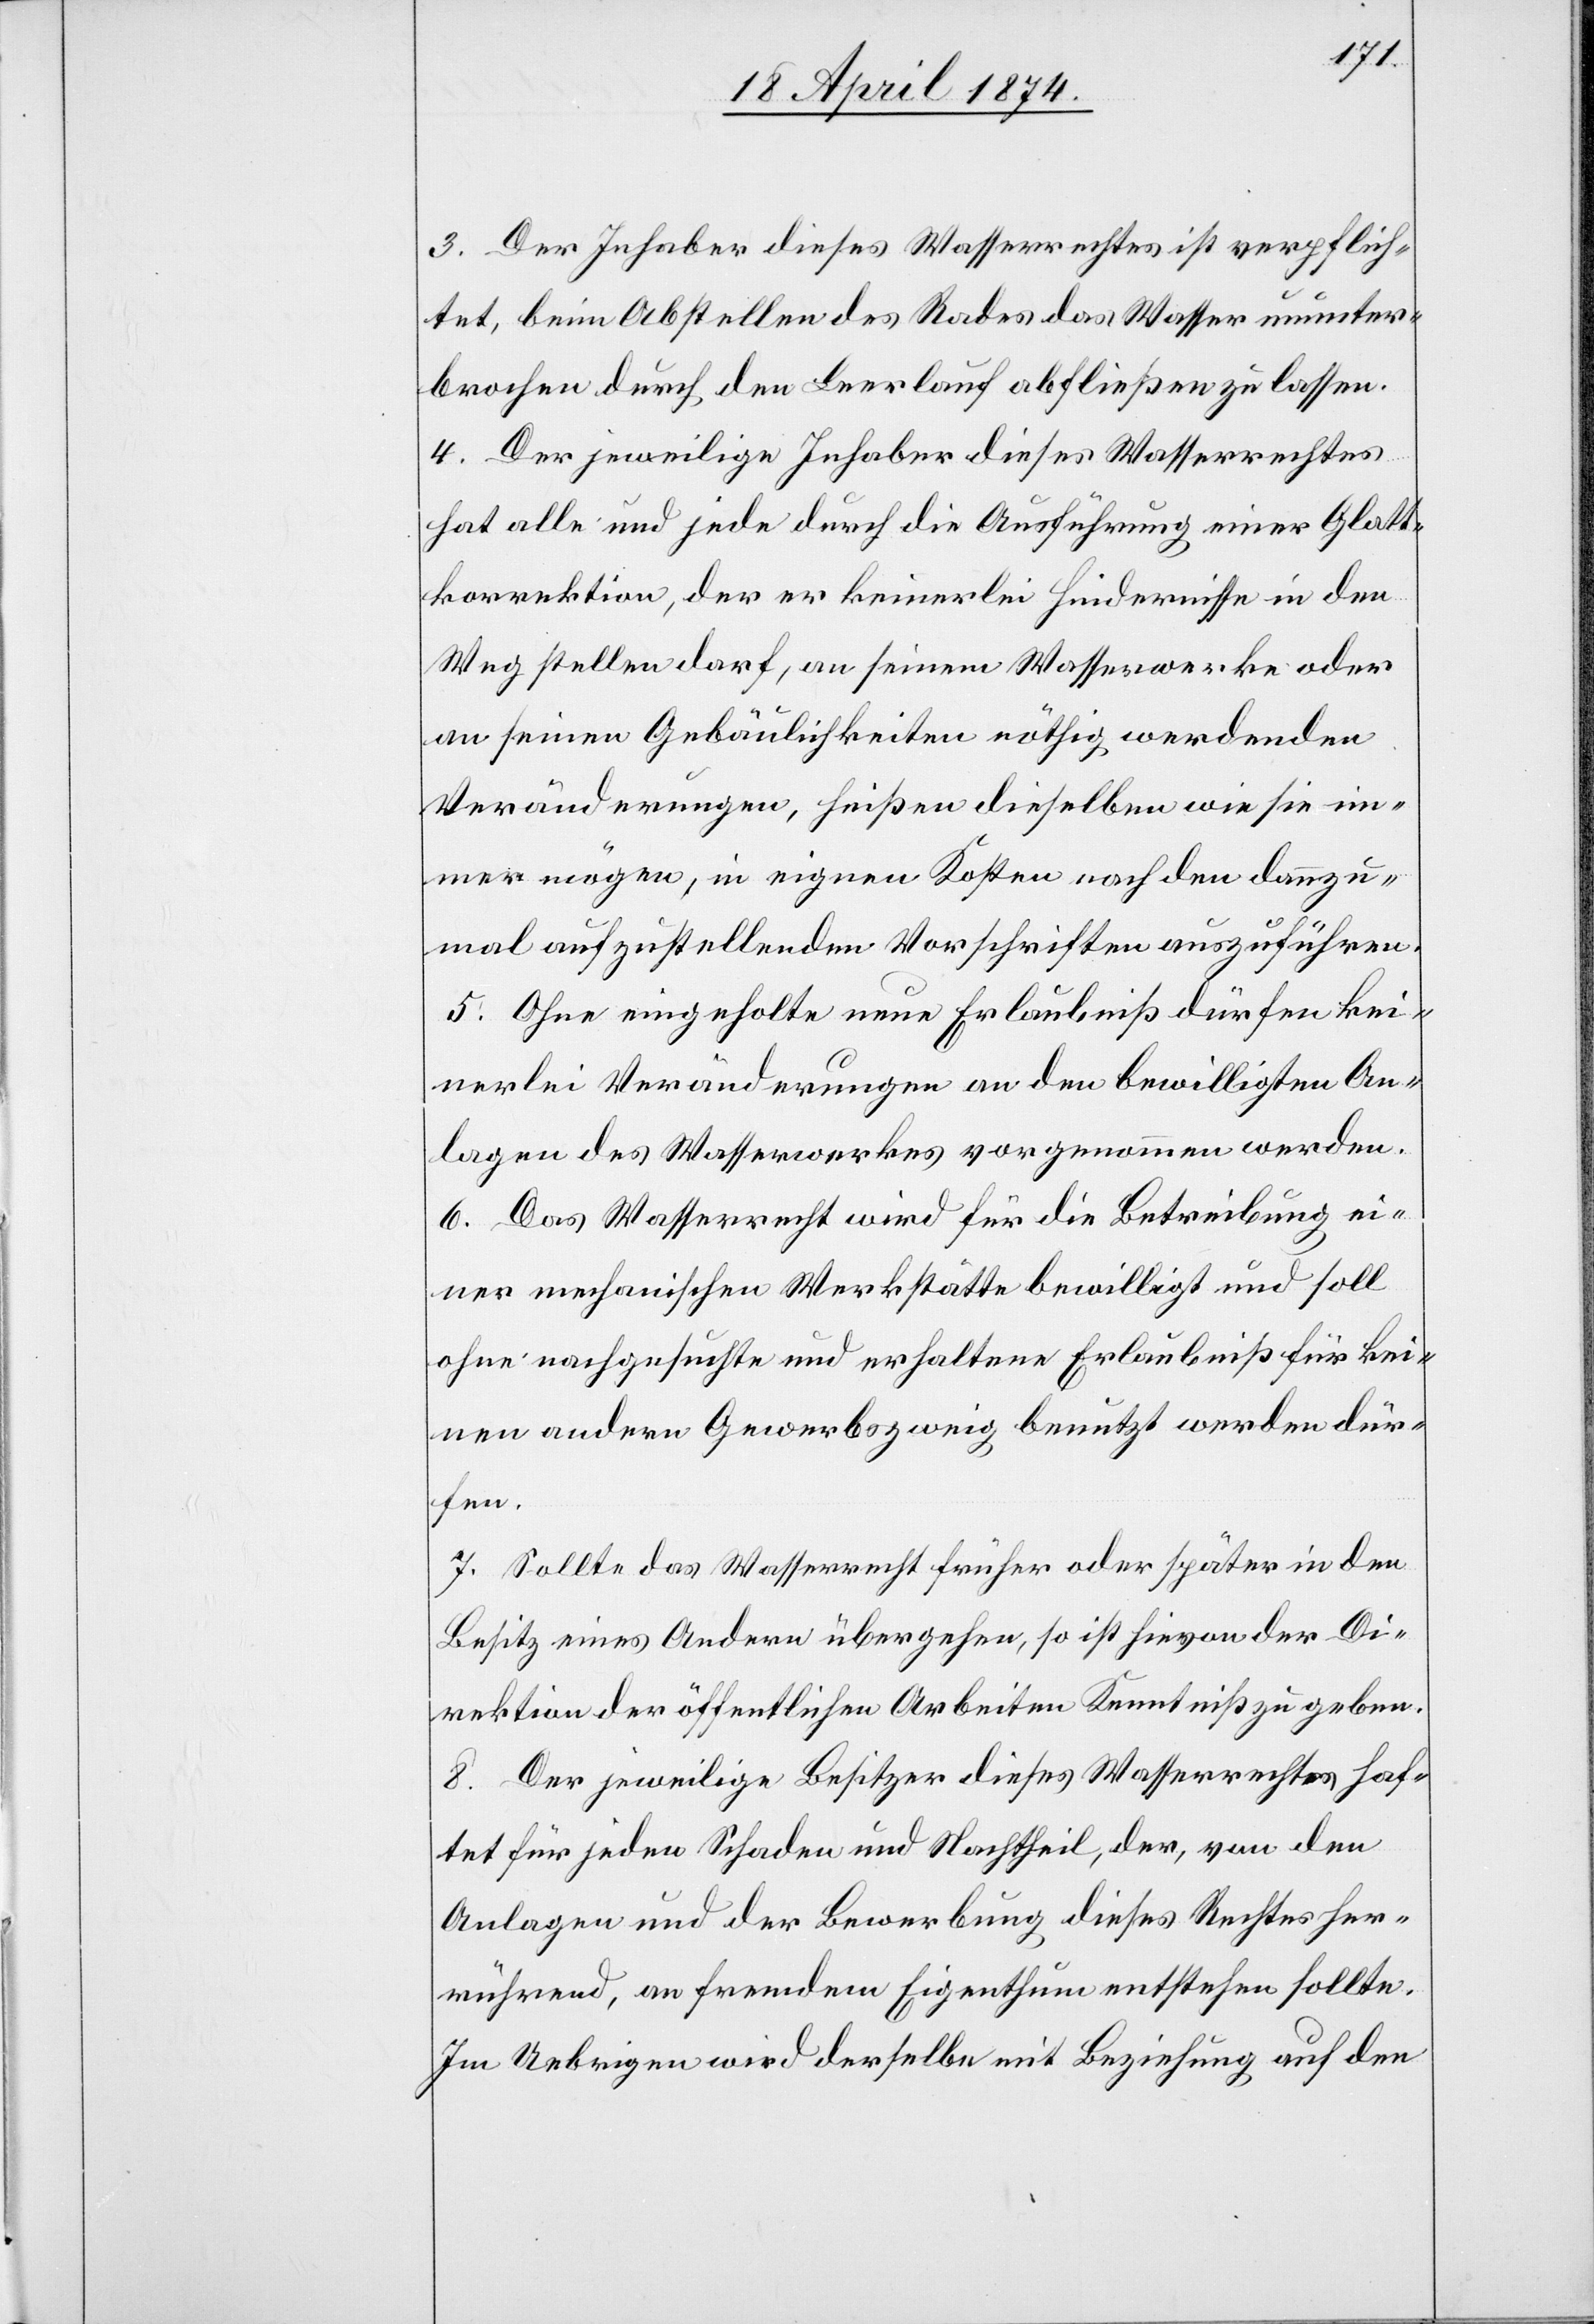
3. Der Inhaber dieses Wasserrechtes ist verpflich¬
tet, beim Abstellen des Rades das Wasser ununter¬
brochen durch den Leerlauf abfließen zu lassen.
4. Der jeweilige Inhaber dieses Wasserrechtes
hat alle und jede durch die Ausführung einer Glatt¬
korrektion, der er keinerlei Hindernisse in den
Weg stellen darf, an seinem Wasserwerke oder
an seinen Gebäulichkeiten nöthig werdenden
Veränderungen, heißen dieselben wie sie im¬
mer mögen, in eigenen Kosten nach den dannzu¬
mal aufzustellenden Vorschriften auszuführen.
5. Ohne eingeholte neue Erlaubniß dürfen kei¬
nerlei Veränderungen an den bewilligten An¬
lagen des Wasserwerkes vorgenommen werden.
6. Das Wasserrecht wird für die Betreibung ei¬
ner mechanischen Werkstätte bewilligt und soll
ohne nachgesuchte und erhaltene Erlaubniß für kei¬
nen andren Gewerbszweig benutzt werden dür¬
fen.
7. Sollte das Wasserrecht früher oder später in den
Besitz eines Andern übergehen, so ist hievon der Di¬
rektion der öffentlichen Arbeiten Kenntniß zu geben.
8. Der jeweilige Besitzer dieses Wasserrechtes haf¬
tet für jeden Schaden und Nachtheil, der, von den
Anlagen und der Bewerbung dieses Rechtes her¬
rührend, an fremdem Eigenthum entstehen sollte.
Im Uebrigen wird derselbe mit Beziehung auf den